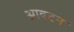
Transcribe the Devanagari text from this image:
आबटन